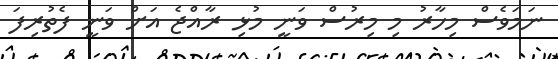
ނަމަވެސް މިހާރު މި މިރުސް ވަނީ މުޅި ރާއްޖެ އަށް ވަނީ ފެތުރިފަ